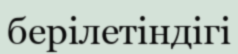
берілетіндігі